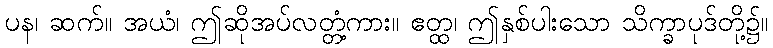
ပန၊ ဆက်။ အယံ၊ ဤဆိုအပ်လတ္တံ့ကား။ ဧတ္ထ၊ ဤနှစ်ပါးသော သိက္ခာပုဒ်တို့၌။